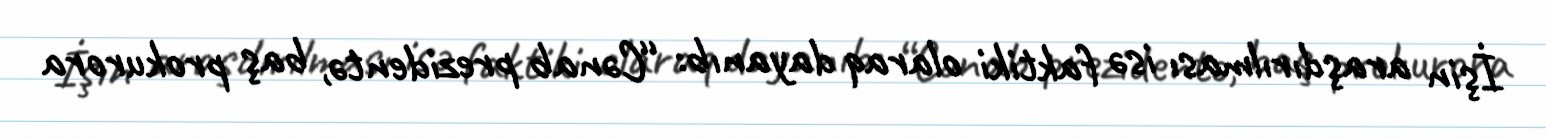
İşin araşdırılması isə faktiki olaraq dayanıb: “Cənab prezidentə, baş prokurora